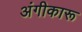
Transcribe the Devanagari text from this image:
अंगीकारू